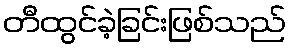
တီထွင်ခဲ့ခြင်းဖြစ်သည်